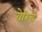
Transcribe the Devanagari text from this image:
वेरिच